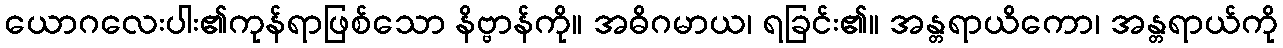
ယောဂလေးပါး၏ကုန်ရာဖြစ်သော နိဗ္ဗာန်ကို။ အဓိဂမာယ၊ ရခြင်း၏။ အန္တရာယိကော၊ အန္တရာယ်ကို